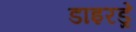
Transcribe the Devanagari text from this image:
डाइरड्रे